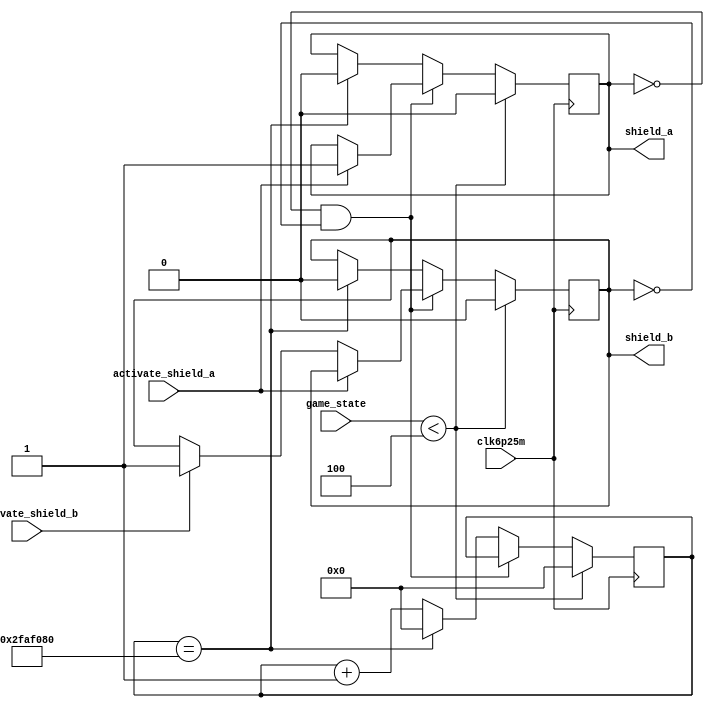
`timescale 1ns / 1ps
//////////////////////////////////////////////////////////////////////////////////
// Company: 
// Engineer: 
// 
// Design Name: 
// Module Name: shield_counter
// Project Name: 
// Target Devices: 
// Tool Versions: 
// Description: 
// 
// Dependencies: 
// 
// Revision:
// Revision 0.01 - File Created
// Additional Comments:
// 
//////////////////////////////////////////////////////////////////////////////////


module shield_counter(
    input clk6p25m, activate_shield_a, activate_shield_b,
    input [2:0] game_state,
    output reg shield_a = 0,
    output reg shield_b = 0
);

    reg [31:0] COUNT = 0;
    
    always @(posedge clk6p25m) begin
        if (game_state < 4) begin
            shield_a <= 0;
            shield_b <= 0;
            COUNT <= 0;
        end
        else begin
            if (!shield_a && !shield_b) begin
                if (activate_shield_a) begin
                    shield_a <= 1;
                end
                else if (activate_shield_b) begin
                    shield_b <= 1;
                end
            end
            else begin
                COUNT <= COUNT == 50000000 ? COUNT : COUNT + 1;
                if (COUNT == 50000000) begin
                    shield_a <= 0;
                    shield_b <= 0;
                    COUNT <= 0;
                end
            end
        end
    end
    
endmodule